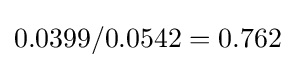
0.0399/0.0542=0.762